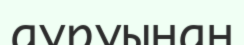
ауруынан